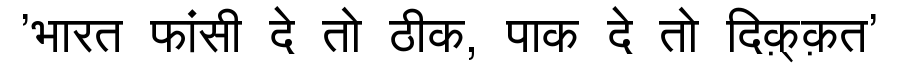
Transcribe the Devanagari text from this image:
'भारत फांसी दे तो ठीक, पाक दे तो दिक़्क़त'